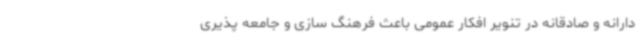
دارانه و صادقانه در تنویر افکار عمومی باعث فرهنگ سازی و جامعه پذیری